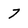
Character: 7